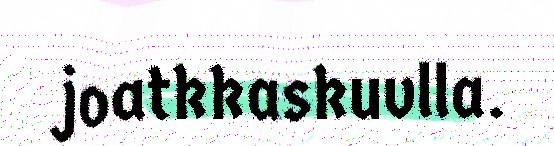
joatkkaskuvlla.